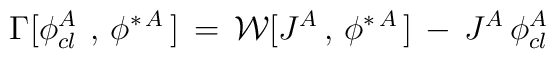
\Gamma [\phi^A_{cl\,\,}\,,\,\phi^{\ast\,A}\,]\,=\,{\cal W} [J^A\,,\,\phi^{\ast\,A}\,] \,-\,J^A\,\phi^A_{cl\,}